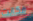
فكانت